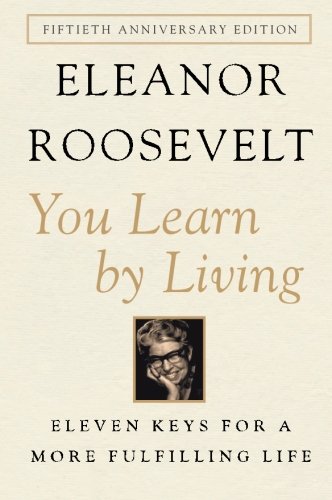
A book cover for You Learn by Living: Eleven Keys for a More Fulfilling Life; Eleanor Roosevelt; Biographies & Memoirs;